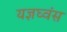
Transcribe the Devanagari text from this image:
यज्ञघ्वंस